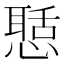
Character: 𢡲